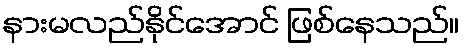
နားမလည်နိုင်အောင် ဖြစ်နေသည်။